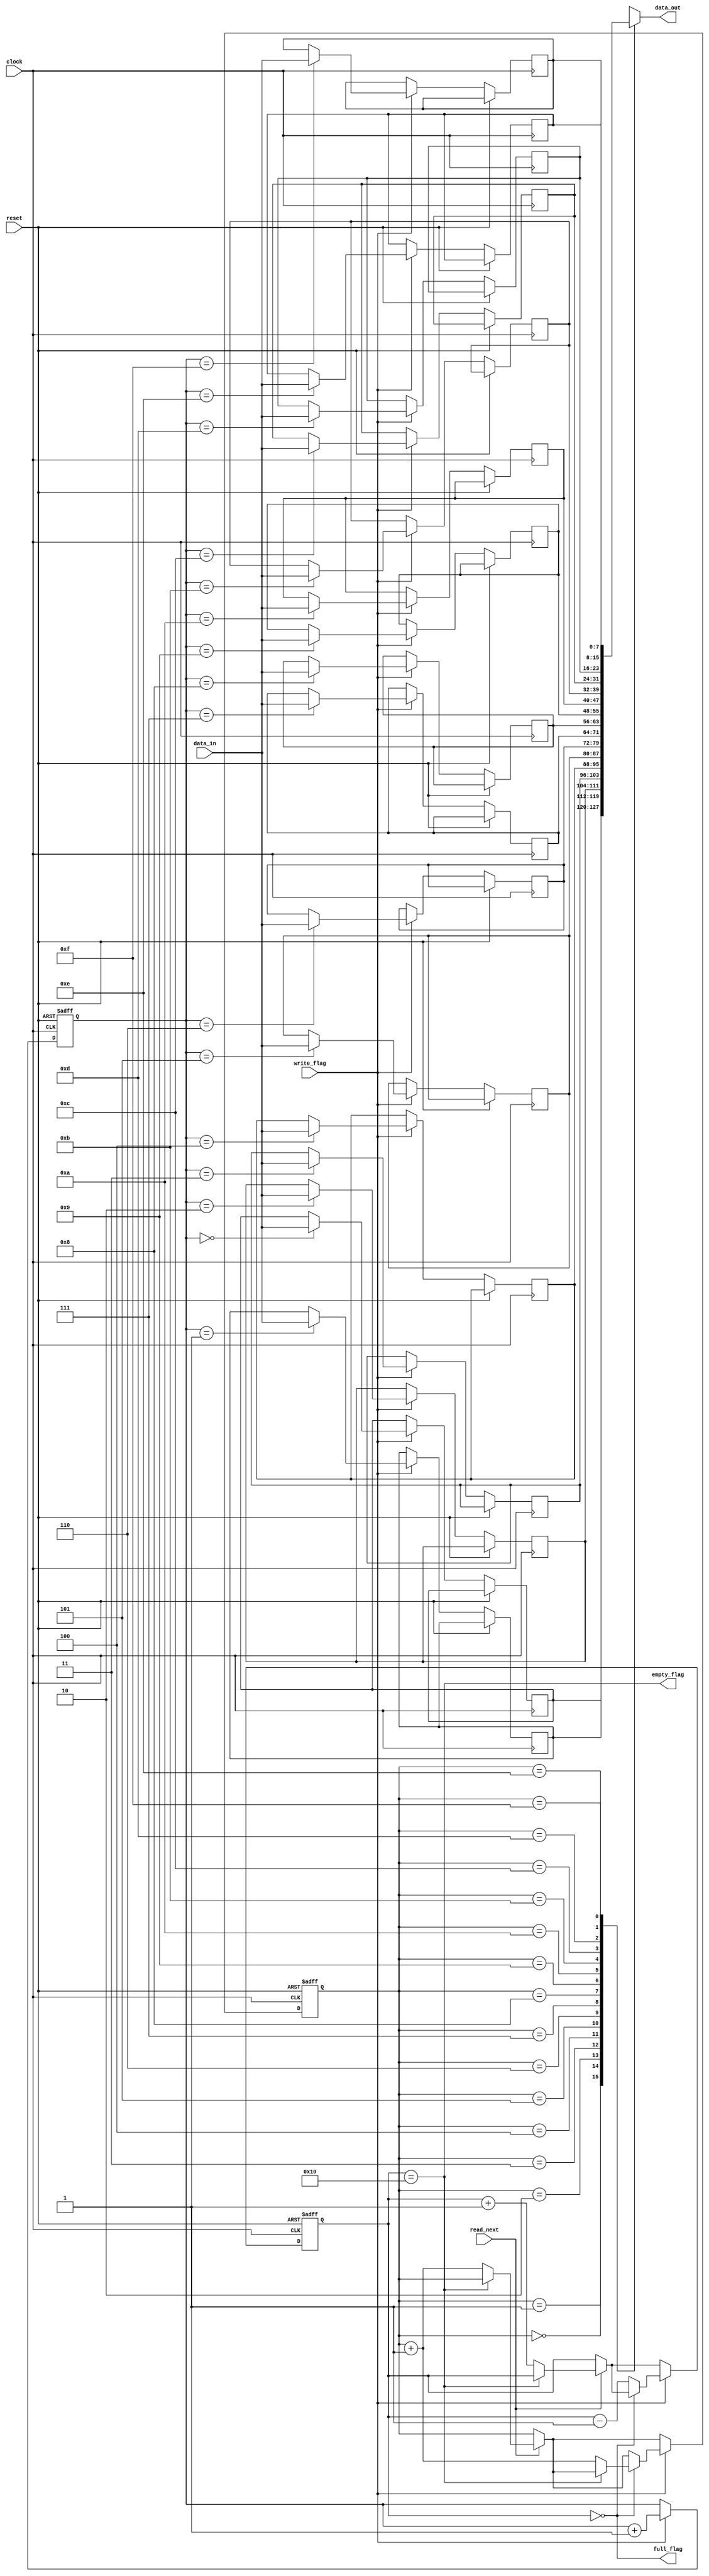
module UART_fifo_interface #(parameter bits_depth=4)(
			input	write_flag,
			input read_next,
			input	[7:0] data_in,
			input clock,
			input reset,
			output reg [7:0] data_out,
			output reg empty_flag,
			output reg full_flag
		
    );

	localparam depth= 1<<(bits_depth);
	reg [7:0] FIFO [depth-1:0];
	reg [(bits_depth-1):0]	read_pointer, 
									write_pointer;
	
	reg [(bits_depth):0]		free_space;
	
	always @* begin
	
		full_flag = (free_space==0);
		empty_flag = (free_space==depth); 
		data_out <= FIFO[read_pointer];
	end
	
	always @(posedge clock, posedge reset)	begin
		if(reset) begin
			write_pointer <= 0;
			read_pointer <=  0;
			free_space <= depth;
		end
		else begin
			if(read_next) begin
				if(!empty_flag) begin
					read_pointer <= read_pointer + 'b1;
					free_space <= free_space + 'b1;
				end
			end
			if(write_flag) begin
				FIFO[write_pointer] <= data_in;
				write_pointer <= write_pointer + 'b1;
				if(!full_flag) begin
					free_space <= (free_space - 'b1) ;
				end
				else if(!empty_flag) begin
					read_pointer <= read_pointer + 'b1;
				end
			end
		end
	end

endmodule